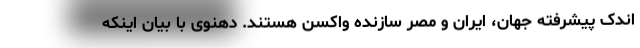
اندک پیشرفته جهان، ایران و مصر سازنده واکسن هستند. دهنوی با بیان اینکه